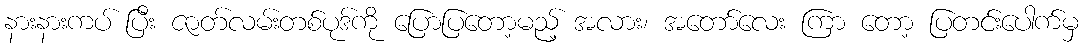
နားနားကပ် ပြီး ဇာတ်လမ်းတစ်ပုဒ်ကို ပြောပြတော့မည့် အလား၊ အတော်လေး ကြာ တော့ ပြတင်းပေါက်မှ